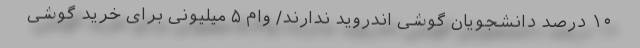
۱۰ درصد دانشجویان گوشی اندروید ندارند/ وام ۵ میلیونی برای خرید گوشی